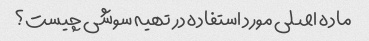
ماده اصلی مورد استفاده در تهیه سوشی چیست؟